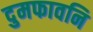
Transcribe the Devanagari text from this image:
दुमफावनि